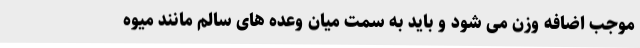
موجب اضافه وزن می شود و باید به سمت میان وعده های سالم مانند میوه